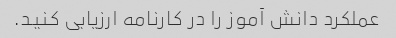
عملکرد دانش آموز را در کارنامه ارزیابی کنید.